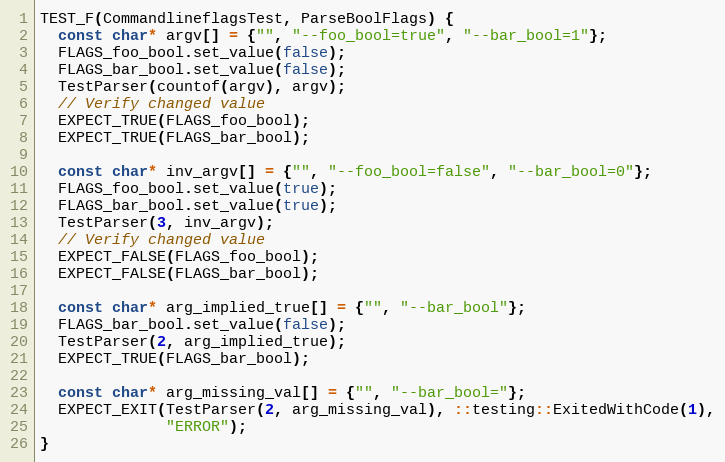
Language: C++
TEST_F(CommandlineflagsTest, ParseBoolFlags) {
  const char* argv[] = {"", "--foo_bool=true", "--bar_bool=1"};
  FLAGS_foo_bool.set_value(false);
  FLAGS_bar_bool.set_value(false);
  TestParser(countof(argv), argv);
  // Verify changed value
  EXPECT_TRUE(FLAGS_foo_bool);
  EXPECT_TRUE(FLAGS_bar_bool);

  const char* inv_argv[] = {"", "--foo_bool=false", "--bar_bool=0"};
  FLAGS_foo_bool.set_value(true);
  FLAGS_bar_bool.set_value(true);
  TestParser(3, inv_argv);
  // Verify changed value
  EXPECT_FALSE(FLAGS_foo_bool);
  EXPECT_FALSE(FLAGS_bar_bool);

  const char* arg_implied_true[] = {"", "--bar_bool"};
  FLAGS_bar_bool.set_value(false);
  TestParser(2, arg_implied_true);
  EXPECT_TRUE(FLAGS_bar_bool);

  const char* arg_missing_val[] = {"", "--bar_bool="};
  EXPECT_EXIT(TestParser(2, arg_missing_val), ::testing::ExitedWithCode(1),
              "ERROR");
}